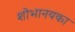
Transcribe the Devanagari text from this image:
शोभानयका